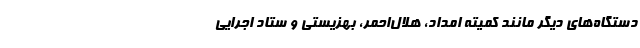
دستگاه‌های دیگر مانند کمیته امداد، هلال‌احمر، بهزیستی و ستاد اجرایی